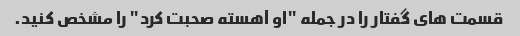
قسمت های گفتار را در جمله "او آهسته صحبت کرد" را مشخص کنید.